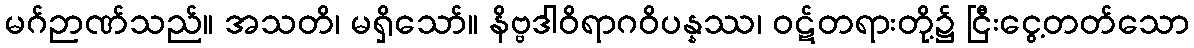
မဂ်ဉာဏ်သည်။ အသတိ၊ မရှိသော်။ နိဗ္ဗဒါဝိရာဂဝိပန္နဿ၊ ဝဋ်တရားတို့၌ ငြီးငွေ့တတ်သော